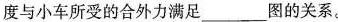
与小车所受的合外力满足___图的关系。